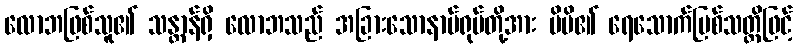
လောဘဖြစ်သူ၏ သန္တာန်ရှိ လောဘသည် အခြားသောနာမ်ရုပ်တို့အား မိမိ၏ ရေသောက်မြစ်သတ္တိဖြင့်